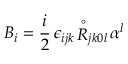
{ B } _ { i } = \frac { i } { 2 } \, \epsilon _ { i j k } \, { \stackrel { \circ } { R } } _ { j k 0 l } \, \alpha ^ { l }